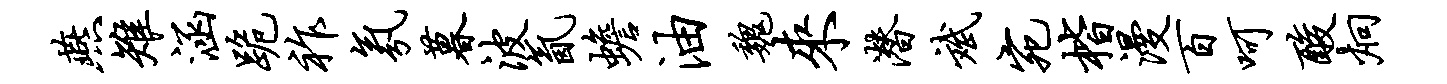
燕雉涵跪祚氛暮波氤蟾油魏来潜斌宛楷漫百呵酸炯